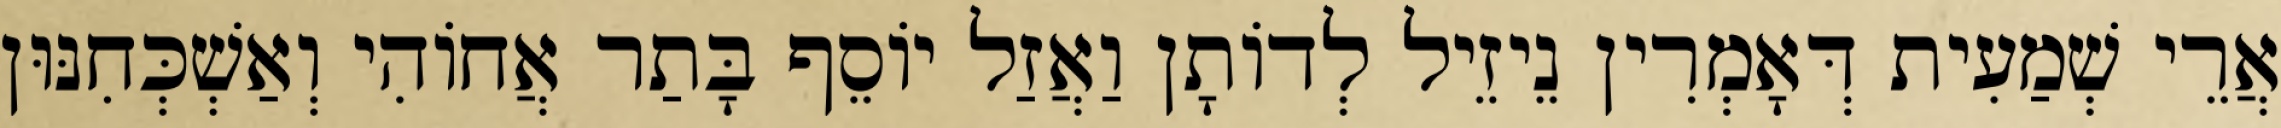
אֲרֵי שְׁמַעִית דְּאָמְרִין נֵיזֵיל לְדוֹתָן וַאֲזַל יוֹסֵף בָּתַר אֲחוֹהִי וְאַשְׁכְּחִנּוּן